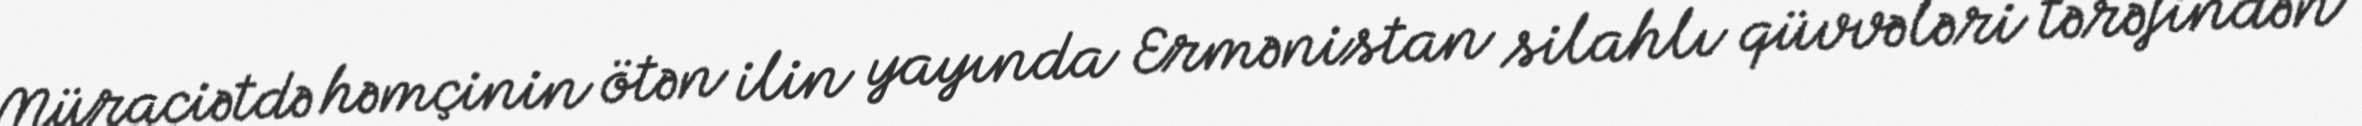
Müraciətdə həmçinin ötən ilin yayında Ermənistan silahlı qüvvələri tərəfindən